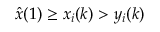
\hat { x } ( 1 ) \geq x _ { i } ( k ) > y _ { i } ( k )